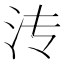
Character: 𬇘